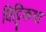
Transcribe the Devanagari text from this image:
विट्टिकथा